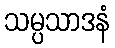
သမ္ပသာဒနံ